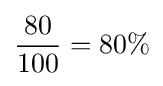
{\frac {80}{100}}=80\%